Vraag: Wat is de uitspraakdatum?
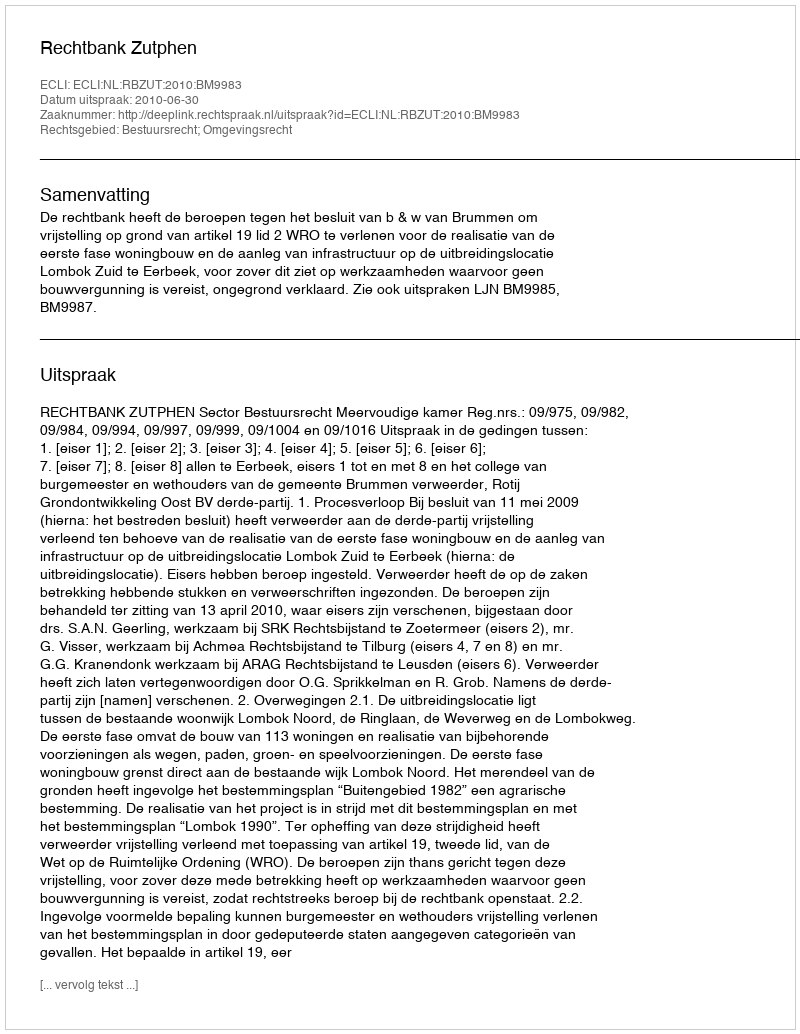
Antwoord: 2010-06-30